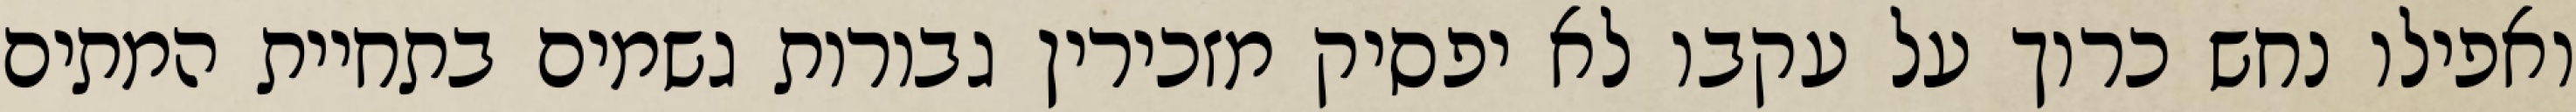
ואפילו נחש כרוך על עקבו לא יפסיק מזכירין גבורות גשמים בתחיית המתים